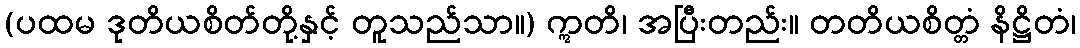
(ပထမ ဒုတိယစိတ်တို့နှင့် တူသည်သာ။) ဣတိ၊ အပြီးတည်း။ တတိယစိတ္တံ နိဋ္ဌိတံ၊